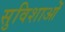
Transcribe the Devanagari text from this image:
सुविशाओं